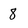
Character: 8